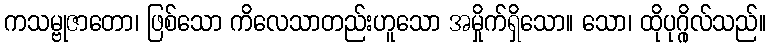
ကသမ္ဗုဇာတော၊ ဖြစ်သော ကိလေသာတည်းဟူသော အမှိုက်ရှိသော။ သော၊ ထိုပုဂ္ဂိုလ်သည်။